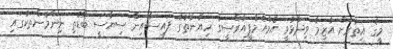
މީގެ އިތުރަށް އާޒިމާ ވިދާޅުވީ އެމްއެމްޕީއާރްސީގެ ހިޔާނާތުގެ ފައިސާއިން ސިޔާސީ ބޮޑެތި ނިންމުންތަކުގައި